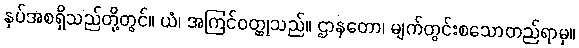
နှပ်အစရှိသည်တို့တွင်။ ယံ၊ အကြင်ဝတ္ထုသည်။ ဌာနတော၊ မျက်တွင်းစသောတည်ရာမှ။